Report on vaccination in the Province of Bengal - 1869-1873
Year: 1869
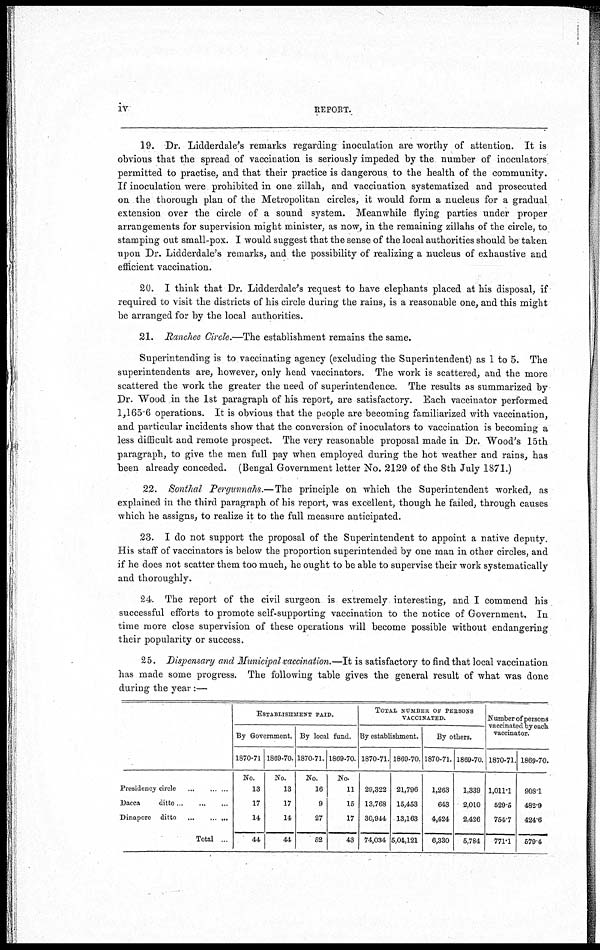
iv
REPORT.
19. Dr. Lidderdale's remarks regarding inoculation are worthy of attention. It is
obvious that the spread of vaccination is seriously impeded by the number of inoculators
permitted to practise, and that their practice is dangerous to the health of the community.
If inoculation were prohibited in one zillah, and vaccination, systematized and prosecuted
on the thorough plan of the Metropolitan circles, it would form a nucleus for a gradual
extension over the circle of a sound system. Meanwhile flying parties under proper
arrangements for supervision might minister, as now, in the remaining zillahs of the circle, to
stamping out small-pox. I would suggest that the sense of the local authorities should be taken
upon Dr. Lidderdale's remarks, and the possibility of realizing a nucleus of exhaustive and
efficient vaccination.
20. I think that Dr. Lidderdale's request to have elephants placed at his disposal, if
required to visit the districts of his circle during the rains, is a reasonable one, and this might
be arranged for by the local authorities.
21. Ranchee Circle.—The establishment remains the same.
Superintending is to vaccinating agency (excluding the Superintendent) as 1 to 5. The
superintendents are, however, only head vaccinators. The work is scattered, and the more
scattered the work the greater the need of superintendence. The results as summarized by
Dr. Wood in the 1st paragraph of his report, are satisfactory. Each vaccinator performed
1,165-6 operations. It is obvious that the people are becoming familiarized with vaccination,
and particular incidents show that the conversion of inoculators to vaccination is becoming a
less difficult and remote prospect. The very reasonable proposal made in Dr. Wood's 15th
paragraph, to give the men full pay when employed during the hot weather and rains, has
been already conceded. (Bengal Government letter No. 2129 of the 8th July 1871.)
22. Sonthal Pergunnahs.—The principle on which the Superintendent worked, as
explained in the third paragraph of his report, was excellent, though he failed, through causes
which he assigns, to realize it to the full measure anticipated.
23. I do not support the proposal of the Superintendent to appoint a native deputy.
His staff of vaccinators is below the proportion superintended by one man in other circles, and
if he does not scatter them too much, he ought to be able to supervise their work systematically
and thoroughly.
24. The report of the civil surgeon is extremely interesting, and I commend his
successful efforts to promote self-supporting vaccination to the notice of Government. In
time more close supervision of these operations will become possible without endangering
their popularity or success.
25. Dispensary and Municipal vaccination.—It is satisfactory to find that local vaccination
has made some progress. The following table gives the general result of what was done
during the year :—
Presidency circle ... ... ...
Dacca
ditto ... ... ...
Dinapore ditto ... ... ...
Total ...
ESTABLISHMENT PAID.
By Government.
1870-71
No.
13
17
14
44
1869-70.
No.
13
17
14
44
By local fund.
1870-71.
No.
16
9
27
52
1869-70.
No.
11
15
17
43
TOTAL NUMBER OF PERSONS
VACCINATED.
By establishment.
1870-71.
29,322
13,768
30,944
74,034
1869-70.
21,796
15,453
13,163
5,04,121
By others.
1870-71.
1,263
643
4,424
6,330
1869-70.
1,339
2,010
2,426
5,784
Number of persons
vaccinated by each
vaccinator.
1870-71.
1,011.1
529.5
754.7
771.1
1869-70.
908.1
482.9
424.6
579.4